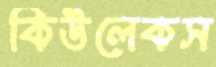
কিউলেকস